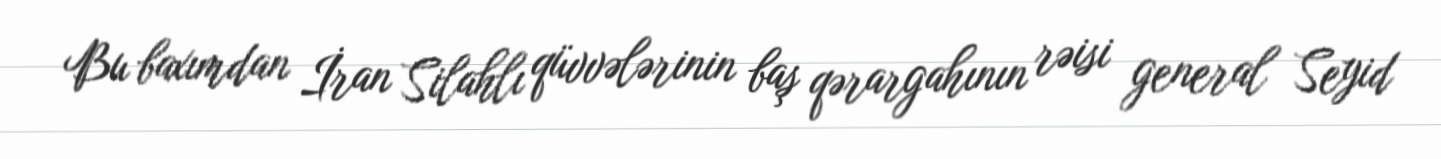
Bu baxımdan İran Silahlı qüvvələrinin baş qərargahının rəisi general Seyid